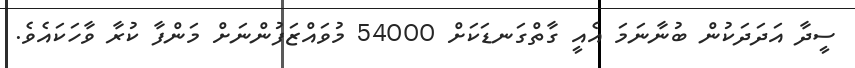
ސީދާ އަދަދަކުން ބުނާނަމަ އެއީ ގާތްގަނޑަކަށް 54000 މުވައްޒަފުންނަށް މަންފާ ކުރާ ވާހަކައެވެ.